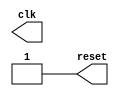

module gen_clk ( clk, reset); 
output clk; 
output reset; 
reg clk, reset; 
 
initial 
begin 
reset = 1;  //initial  state 
clk=0; 
#3 reset = 0; 
#5 reset = 1; 
end  
 always #5  clk = ~clk; 
  
endmodule